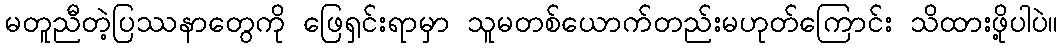
မတူညီတဲ့ပြဿနာတွေကို ဖြေရှင်းရာမှာ သူမတစ်ယောက်တည်းမဟုတ်ကြောင်း သိထားဖို့ပါပဲ။